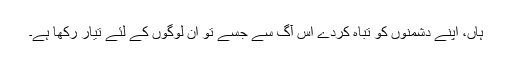
ہاں، اپنے دشمنوں کو تباہ کردے اس آگ سے جسے تو ان لوگوں کے لئے تیار رکھا ہے۔